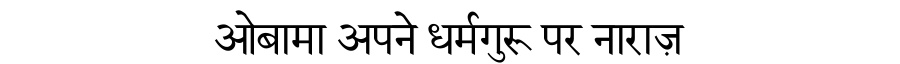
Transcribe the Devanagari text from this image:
ओबामा अपने धर्मगुरू पर नाराज़